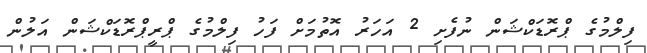
ފިލްމުގެ ޕްރޮޑަކްޝަން ނުފެށި 2 އަހަރު އޮތުމަށް ފަހު ފިލްމުގެ ޕްރީޕްރޮޑަކްޝަން އަލުން